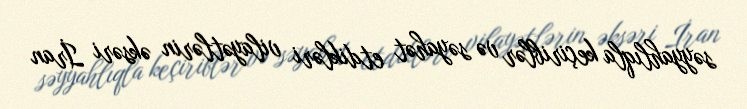
səyyahlıqla keçiriblər və səyahət etdikləri vilayətlərin əksəri İran